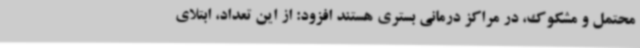
محتمل و مشکوک، در مراکز درمانی بستری هستند افزود: از این تعداد، ابتلای